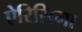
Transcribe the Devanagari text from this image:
ऐरिसिमा